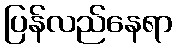
ပြန်လည်နေရာ